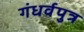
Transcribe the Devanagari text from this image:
गंधर्वपुत्र